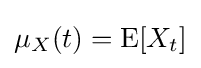
\mu _{X}(t)=\operatorname {\operatorname {E} } [X_{t}]